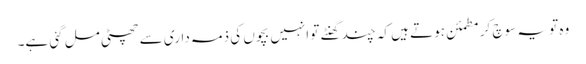
وہ تو یہ سوچ کر مطمئن ہوتے ہیں کہ چند گھنٹے تو انہیں بچوں کی ذمہ داری سے چھٹی مل گئی ہے۔